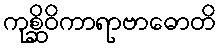
ကုစ္ဆိဝိကာရာဗာဓောတိ